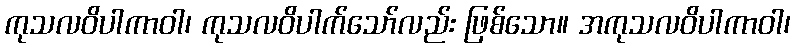
ကုသလဝိပါကာဝါ၊ ကုသလဝိပါက်သော်လည်း ဖြစ်သော။ အကုသလဝိပါကာဝါ၊